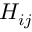
H _ { i j }